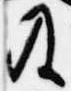
及